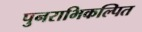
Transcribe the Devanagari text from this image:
पुनराभिकल्पित